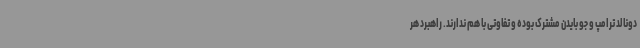
دونالد ترامپ و جو بایدن مشترک بوده و تفاوتی با هم ندارند. راهبرد هر